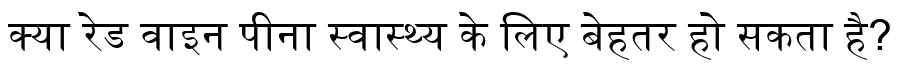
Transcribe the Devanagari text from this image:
क्या रेड वाइन पीना स्वास्थ्य के लिए बेहतर हो सकता है?